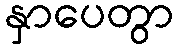
နှာပေတွာ